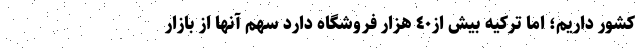
كشور داريم؛ اما تركيه بيش از٤٠ هزار فروشگاه دارد سهم آنها از بازار